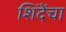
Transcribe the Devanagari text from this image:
शिंदेंचा